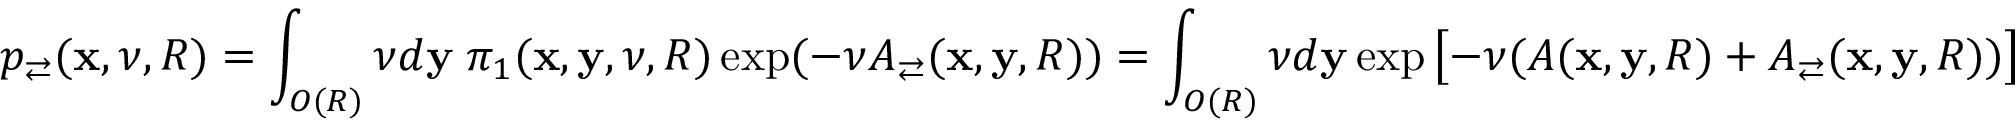
p _ { \rightleftarrows } ( \mathbf x , \nu , R ) = \int _ { O ( R ) } \nu d \mathbf y \; \pi _ { 1 } ( \mathbf x , \mathbf y , \nu , R ) \exp ( - \nu A _ { \rightleftarrows } ( \mathbf x , \mathbf y , R ) ) = \int _ { O ( R ) } \nu d \mathbf y \exp \left[ - \nu ( A ( \mathbf x , \mathbf y , R ) + A _ { \rightleftarrows } ( \mathbf x , \mathbf y , R ) ) \right]